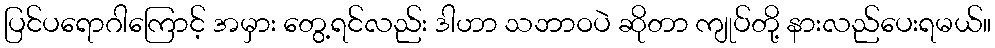
ပြင်ပရောဂါကြောင့် အမှား တွေ့ရင်လည်း ဒါဟာ သဘာဝပဲ ဆိုတာ ကျုပ်တို့ နားလည်ပေးရမယ်။